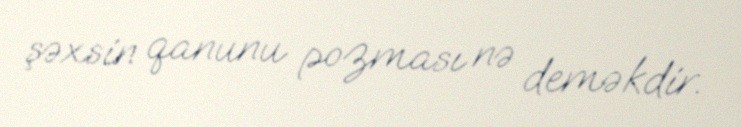
şəxsin qanunu pozması nə deməkdir.